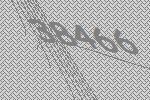
38466